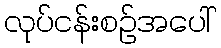
လုပ်ငန်းစဉ်အပေါ်